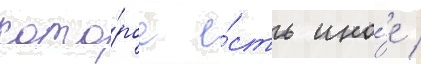
кото́рое е́сть ино́е /